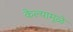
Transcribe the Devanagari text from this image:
केल्यामूळे